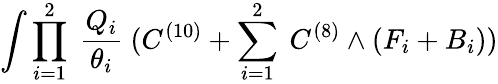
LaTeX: \int\prod_{i=1}^{2}~\frac{Q_{i}}{\theta_{i}}~(C^{(10)}+\sum_{i=1}^{2}~C^{(8)}\wedge(F_{i}+B_{i}))